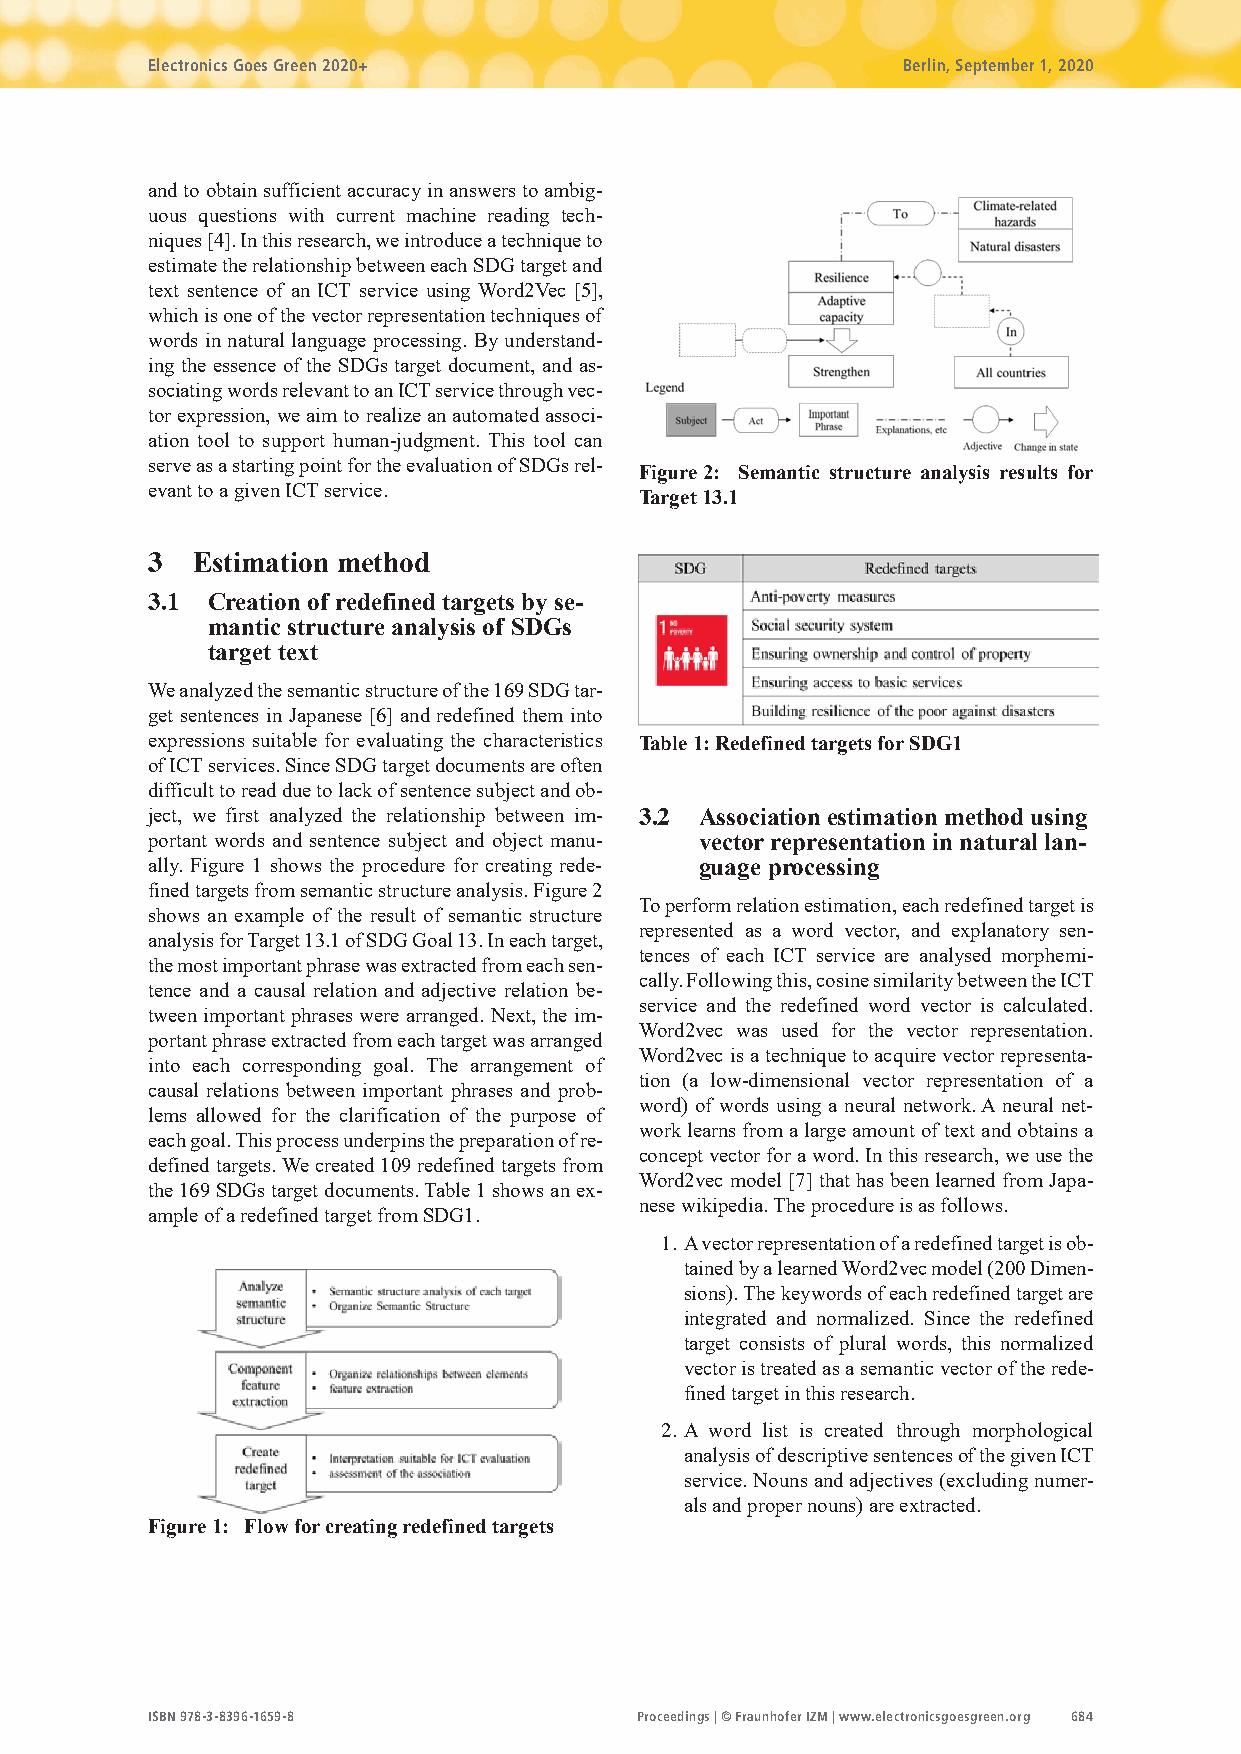
Electronics Goes Green 2020+                      Berlin, September 1, 2020
 and to obtain sufficient accuracy in answers to ambig-
 uous questions with current machine reading tech-
 niques [4]. In this research, we introduce a technique to
 estimate the relationship between each SDG target and
 text sentence of an ICT service using Word2Vec [5],
 which is one of the vector representation techniques of
 words in natural language processing. By understand-
 ing the essence of the SDGs target document, and as-
 sociating words relevant to an ICT service through vec-
 tor expression, we aim to realize an automated associ-
 ation tool to support human-judgment. This tool can
 serve as a starting point for the evaluation of SDGs rel-
 Figure 2: Semantic structure analysis results for
 evant to a given ICT service.
 Target 13.1
 3  Estimation method
 3.1 Creation of redefined targets by se-
 mantic structure analysis of SDGs
 target text
 We analyzed the semantic structure of the 169 SDG tar-
 get sentences in Japanese [6] and redefined them into
 expressions suitable for evaluating the characteristics Table 1: Redefined targets for SDG1
 of ICT services. Since SDG target documents are often
 difficult to read due to lack of sentence subject and ob-
 ject, we first analyzed the relationship between im- 3.2 Association estimation method using
 portant words and sentence subject and object manu- vector representation in natural lan-
 ally. Figure 1 shows the procedure for creating rede- guage processing
 fined targets from semantic structure analysis. Figure 2
 To perform relation estimation, each redefined target is
 shows an example of the result of semantic structure
 represented as a word vector, and explanatory sen-
 analysis for Target 13.1 of SDG Goal 13. In each target,
 tences of each ICT service are analysed morphemi-
 the most important phrase was extracted from each sen-
 cally. Following this, cosine similarity between the ICT
 tence and a causal relation and adjective relation be-
 service and the redefined word vector is calculated.
 tween important phrases were arranged. Next, the im-
 Word2vec was used for the vector representation.
 portant phrase extracted from each target was arranged
 Word2vec is a technique to acquire vector representa-
 into each corresponding goal. The arrangement of
 tion (a low-dimensional vector representation of a
 causal relations between important phrases and prob-
 word) of words using a neural network. A neural net-
 lems allowed for the clarification of the purpose of
 work learns from a large amount of text and obtains a
 each goal. This process underpins the preparation of re-
 concept vector for a word. In this research, we use the
 defined targets. We created 109 redefined targets from
 Word2vec model [7] that has been learned from Japa-
 the 169 SDGs target documents. Table 1 shows an ex-
 nese wikipedia. The procedure is as follows.
 ample of a redefined target from SDG1.
 1. A vector representation of a redefined target is ob-
 tained by a learned Word2vec model (200 Dimen-
 sions). The keywords of each redefined target are
 integrated and normalized. Since the redefined
 target consists of plural words, this normalized
 vector is treated as a semantic vector of the rede-
 fined target in this research.
 2. A word list is created through morphological
 analysis of descriptive sentences of the given ICT
 service. Nouns and adjectives (excluding numer-
 als and proper nouns) are extracted.
 Figure 1: Flow for creating redefined targets
 ISBN 978-3-8396-1659-8          Proceedings | © Fraunhofer IZM | www.electronicsgoesgreen.org 684